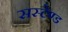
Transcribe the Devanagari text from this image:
सस्टेण्ड